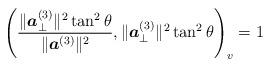
LaTeX: \begin{align*}\left(\frac{\|\boldsymbol{a}_\perp^{(3)}\|^2\tan^2\theta}{\|\boldsymbol{a}^{(3)}\|^2}, \|\boldsymbol{a}_\perp^{(3)}\|^2\tan^2\theta\right)_v=1\end{align*}